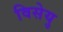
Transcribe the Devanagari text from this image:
विसेयु